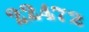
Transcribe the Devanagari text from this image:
२२४७२